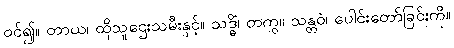
ဝင်၍။ တာယ၊ ထိုသူဌေးသမီးနှင့်။ သဒ္ဓိံ၊ တကွ။ သန္တဝံ၊ ပေါင်းတော်ခြင်းကို။